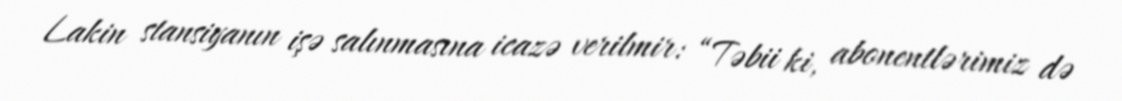
Lakin stansiyanın işə salınmasına icazə verilmir: “Təbii ki, abonentlərimiz də